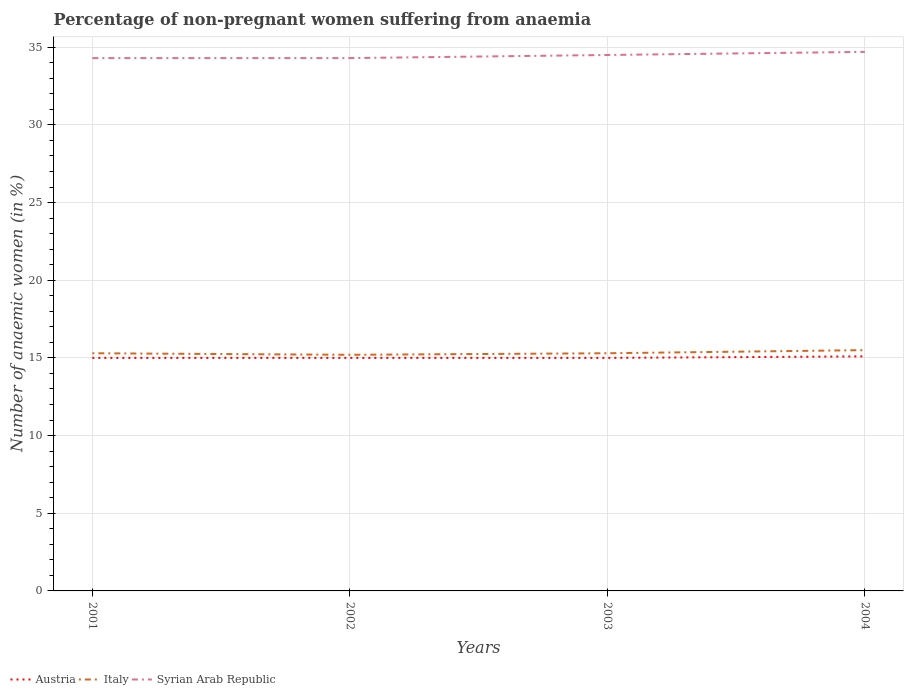
| Years | Austria | Italy | Syrian Arab Republic |
 | --- | --- | --- | --- |
 | 2001 | 15 | 15.3 | 34.3 |
 | 2002 | 15 | 15.2 | 34.3 |
 | 2003 | 15 | 15.3 | 34.5 |
 | 2004 | 15.1 | 15.5 | 34.7 |